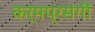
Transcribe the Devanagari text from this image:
कर्मप्रसंगीं